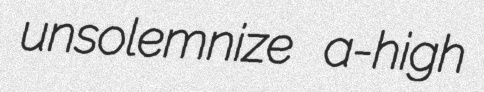
unsolemnize a-high